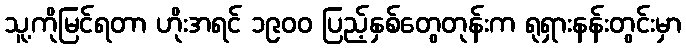
သူ့ကိုမြင်ရတာ ဟိုးအရင် ၁၉၀၀ ပြည့်နှစ်တွေတုန်းက ရုရှားနန်းတွင်းမှာ